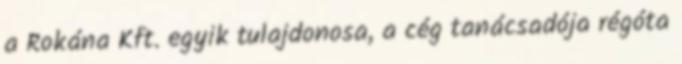
a Rokána Kft. egyik tulajdonosa, a cég tanácsadója régóta